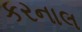
કરનાલ